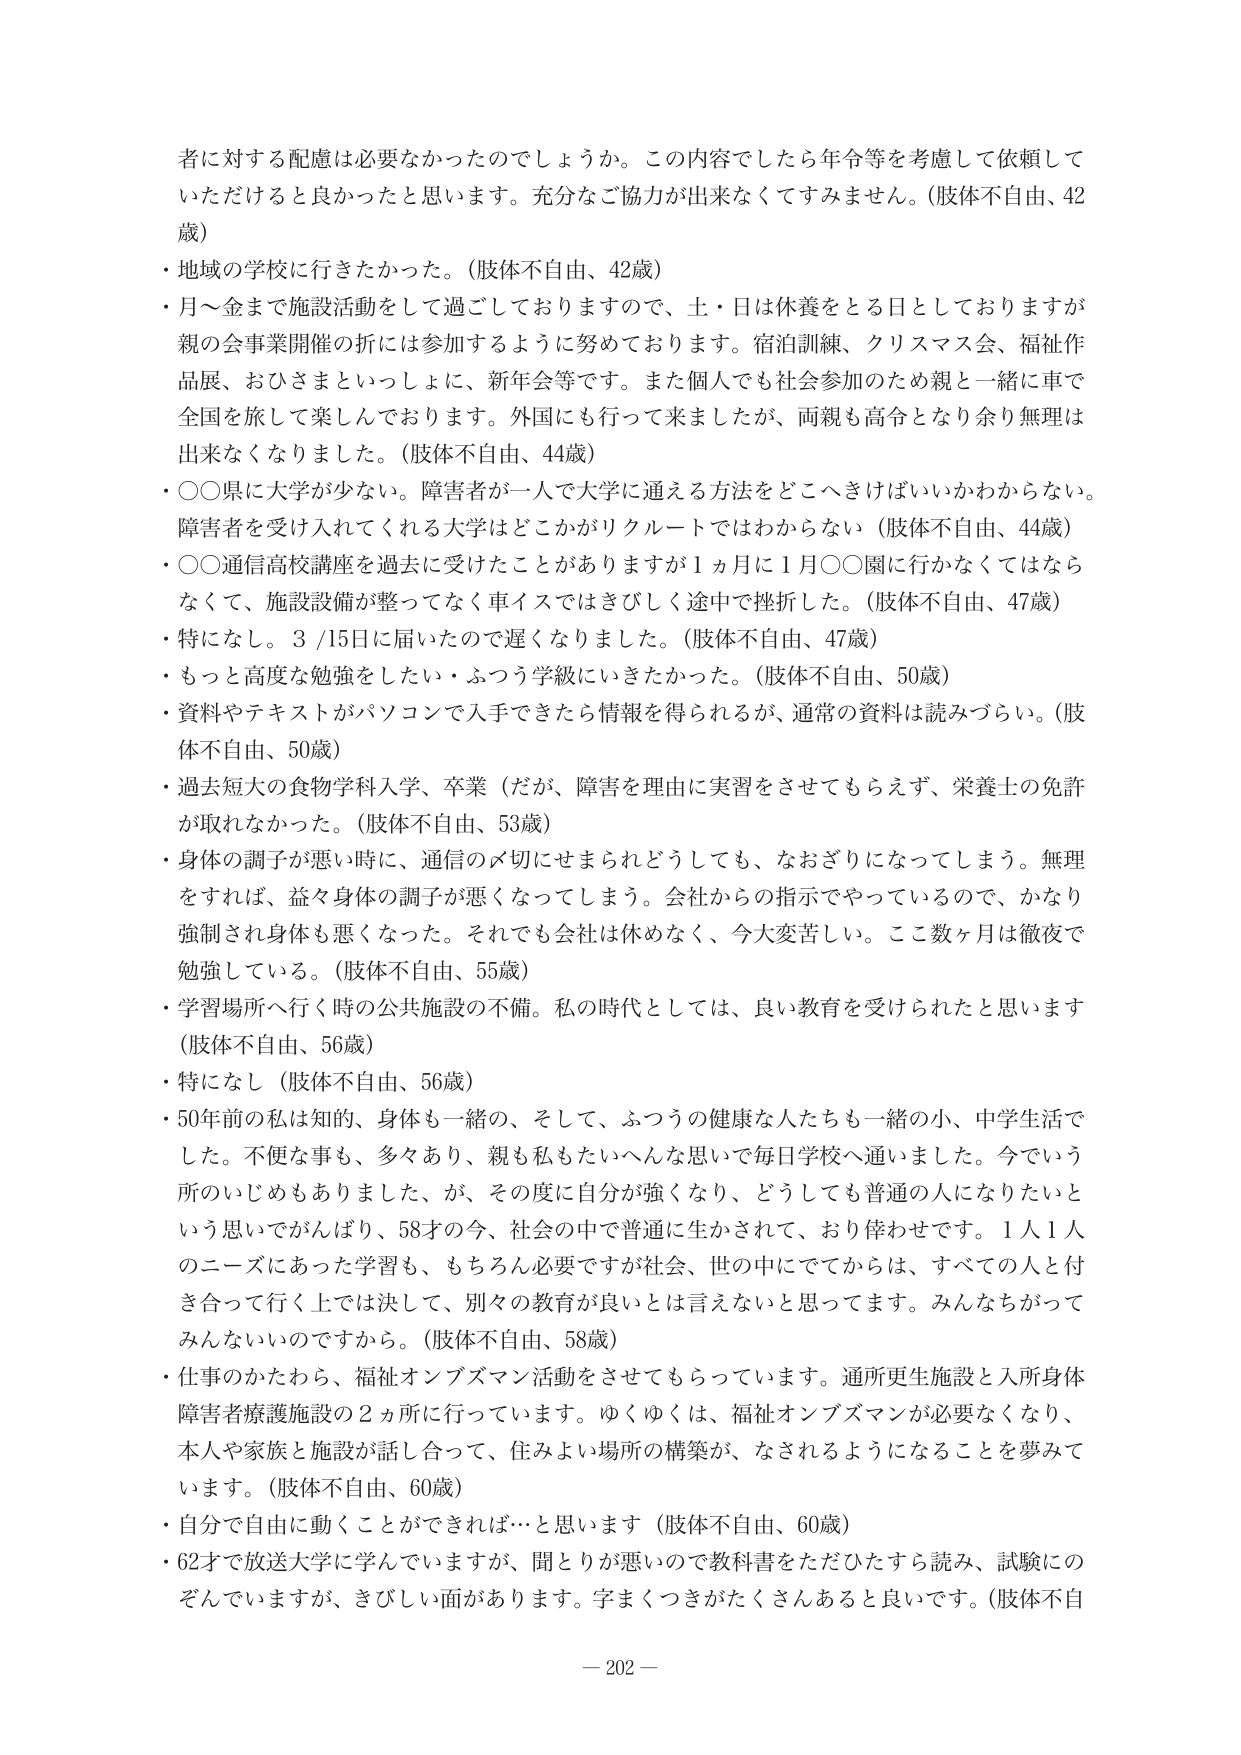
者に対する配慮は必要なかったのでしょうか。この内容でしたら年令等を考慮して依頼していただけると良かったと思います。充分なご協力が出来なくてすみません。（肢体不自由、42歳）
・地域の学校に行きたかった。（肢体不自由、42歳）
・月～金まで施設活動をして過ごしておりますので、土・日は休養をとる日としておりますが親の会事業開催の折には参加するように努めております。宿泊訓練、クリスマス会、福祉作品展、おひさまといっしょに、新年会等です。また個人でも社会参加のため親と一緒に車で全国を旅して楽しんでおります。外国にも行って来ましたが、両親も高令となり余り無理は出来なくなりました。（肢体不自由、44歳）
・○○県に大学が少ない。障害者が一人で大学に通える方法をどこへいけばいいかわからない。障害者を受け入れてくれる大学はどこかがリクルートではわからない（肢体不自由、44歳）
・○○通信高校講座を過去に受けたことがありますが1ヵ月に1月○○園に行かなくてはならなくて、施設設備が整ってなく車イスではきびしく途中で挫折した。（肢体不自由、47歳）
・特になし。3/15日に届いたので遅くなりました。（肢体不自由、47歳）
・もっと高度な勉強をしたい・ふつう学級にいきたかった。（肢体不自由、50歳）
・資料やテキストがパソコンで入手できたら情報を得られるが、通常の資料は読みづらい。（肢体不自由、50歳）
・過去短大の食物学科入学、卒業（だが、障害を理由に実習をさせてもらえず、栄養士の免許が取れなかった。（肢体不自由、53歳）
・身体の調子が悪い時に、通信の〆切にせまられどうしても、なおざりになってしまう。無理をすれば、益々身体の調子が悪くなってしまう。会社からの指示でやっているので、かなり強制され身体も悪くなった。それでも会社は休めなく、今大変苦しい。ここ数ヶ月は徹夜で勉強している。（肢体不自由、55歳）
・学習場所へ行く時の公共施設の不備。私の時代としては、良い教育を受けられたと思います（肢体不自由、56歳）
・特になし（肢体不自由、56歳）
・50年前の私は知的、身体も一緒の、そして、ふつうの健康な人たちも一緒の小、中学生活でした。不便な事も、多々あり、親も私もたいへんな思いで毎日学校へ通いました。今でいう所のいじめもありました、が、その度に自分が強くなり、どうしても普通の人になりたいという思いでがんばり、58才の今、社会の中で普通に生かされて、おり幸せです。1人1人のニーズにあった学習も、もちろん必要ですが社会、世の中にてですから、すべての人と付き合って行く上では決して、別々の教育が良いとは言えないと思ってます。みんなちがってみんないいのですから。（肢体不自由、58歳）
・仕事のかたわら、福祉オンブズマン活動をさせてもらっています。通所更生施設と入所身体障害者療護施設の2ヵ所に行っています。ゆくゆくは、福祉オンブズマンが必要なくなり、本人や家族と施設が話し合って、住みよい場所の構築が、なされるようになることを夢みてます。（肢体不自由、60歳）
・自分で自由に動くことができれば…と思います（肢体不自由、60歳）
・62才で放送大学に学んでいますが、聞とりが悪いので教科書をただひたすら読み、試験にのぞんでいますが、きびしい面があります。字まくつきがたくさんあると良いです。（肢体不自由
— 202 —